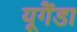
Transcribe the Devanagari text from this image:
यूगैंडा